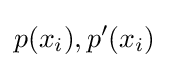
p(x_{i}),p'(x_{i})